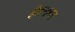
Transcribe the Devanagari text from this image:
हेडनचा